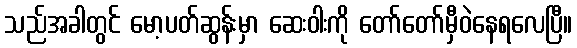
သည်အခါတွင် မော့ပတ်ဆွန်းမှာ ဆေးဝါးကို တော်တော်မှီဝဲနေရလေပြီ။